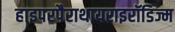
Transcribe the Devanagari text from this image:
हाइपरपैराथायराइरॉडिज्म